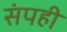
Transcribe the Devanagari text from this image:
संपही